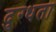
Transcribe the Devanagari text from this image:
दुग्धता